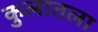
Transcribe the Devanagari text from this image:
कुलातला